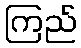
ကြည်